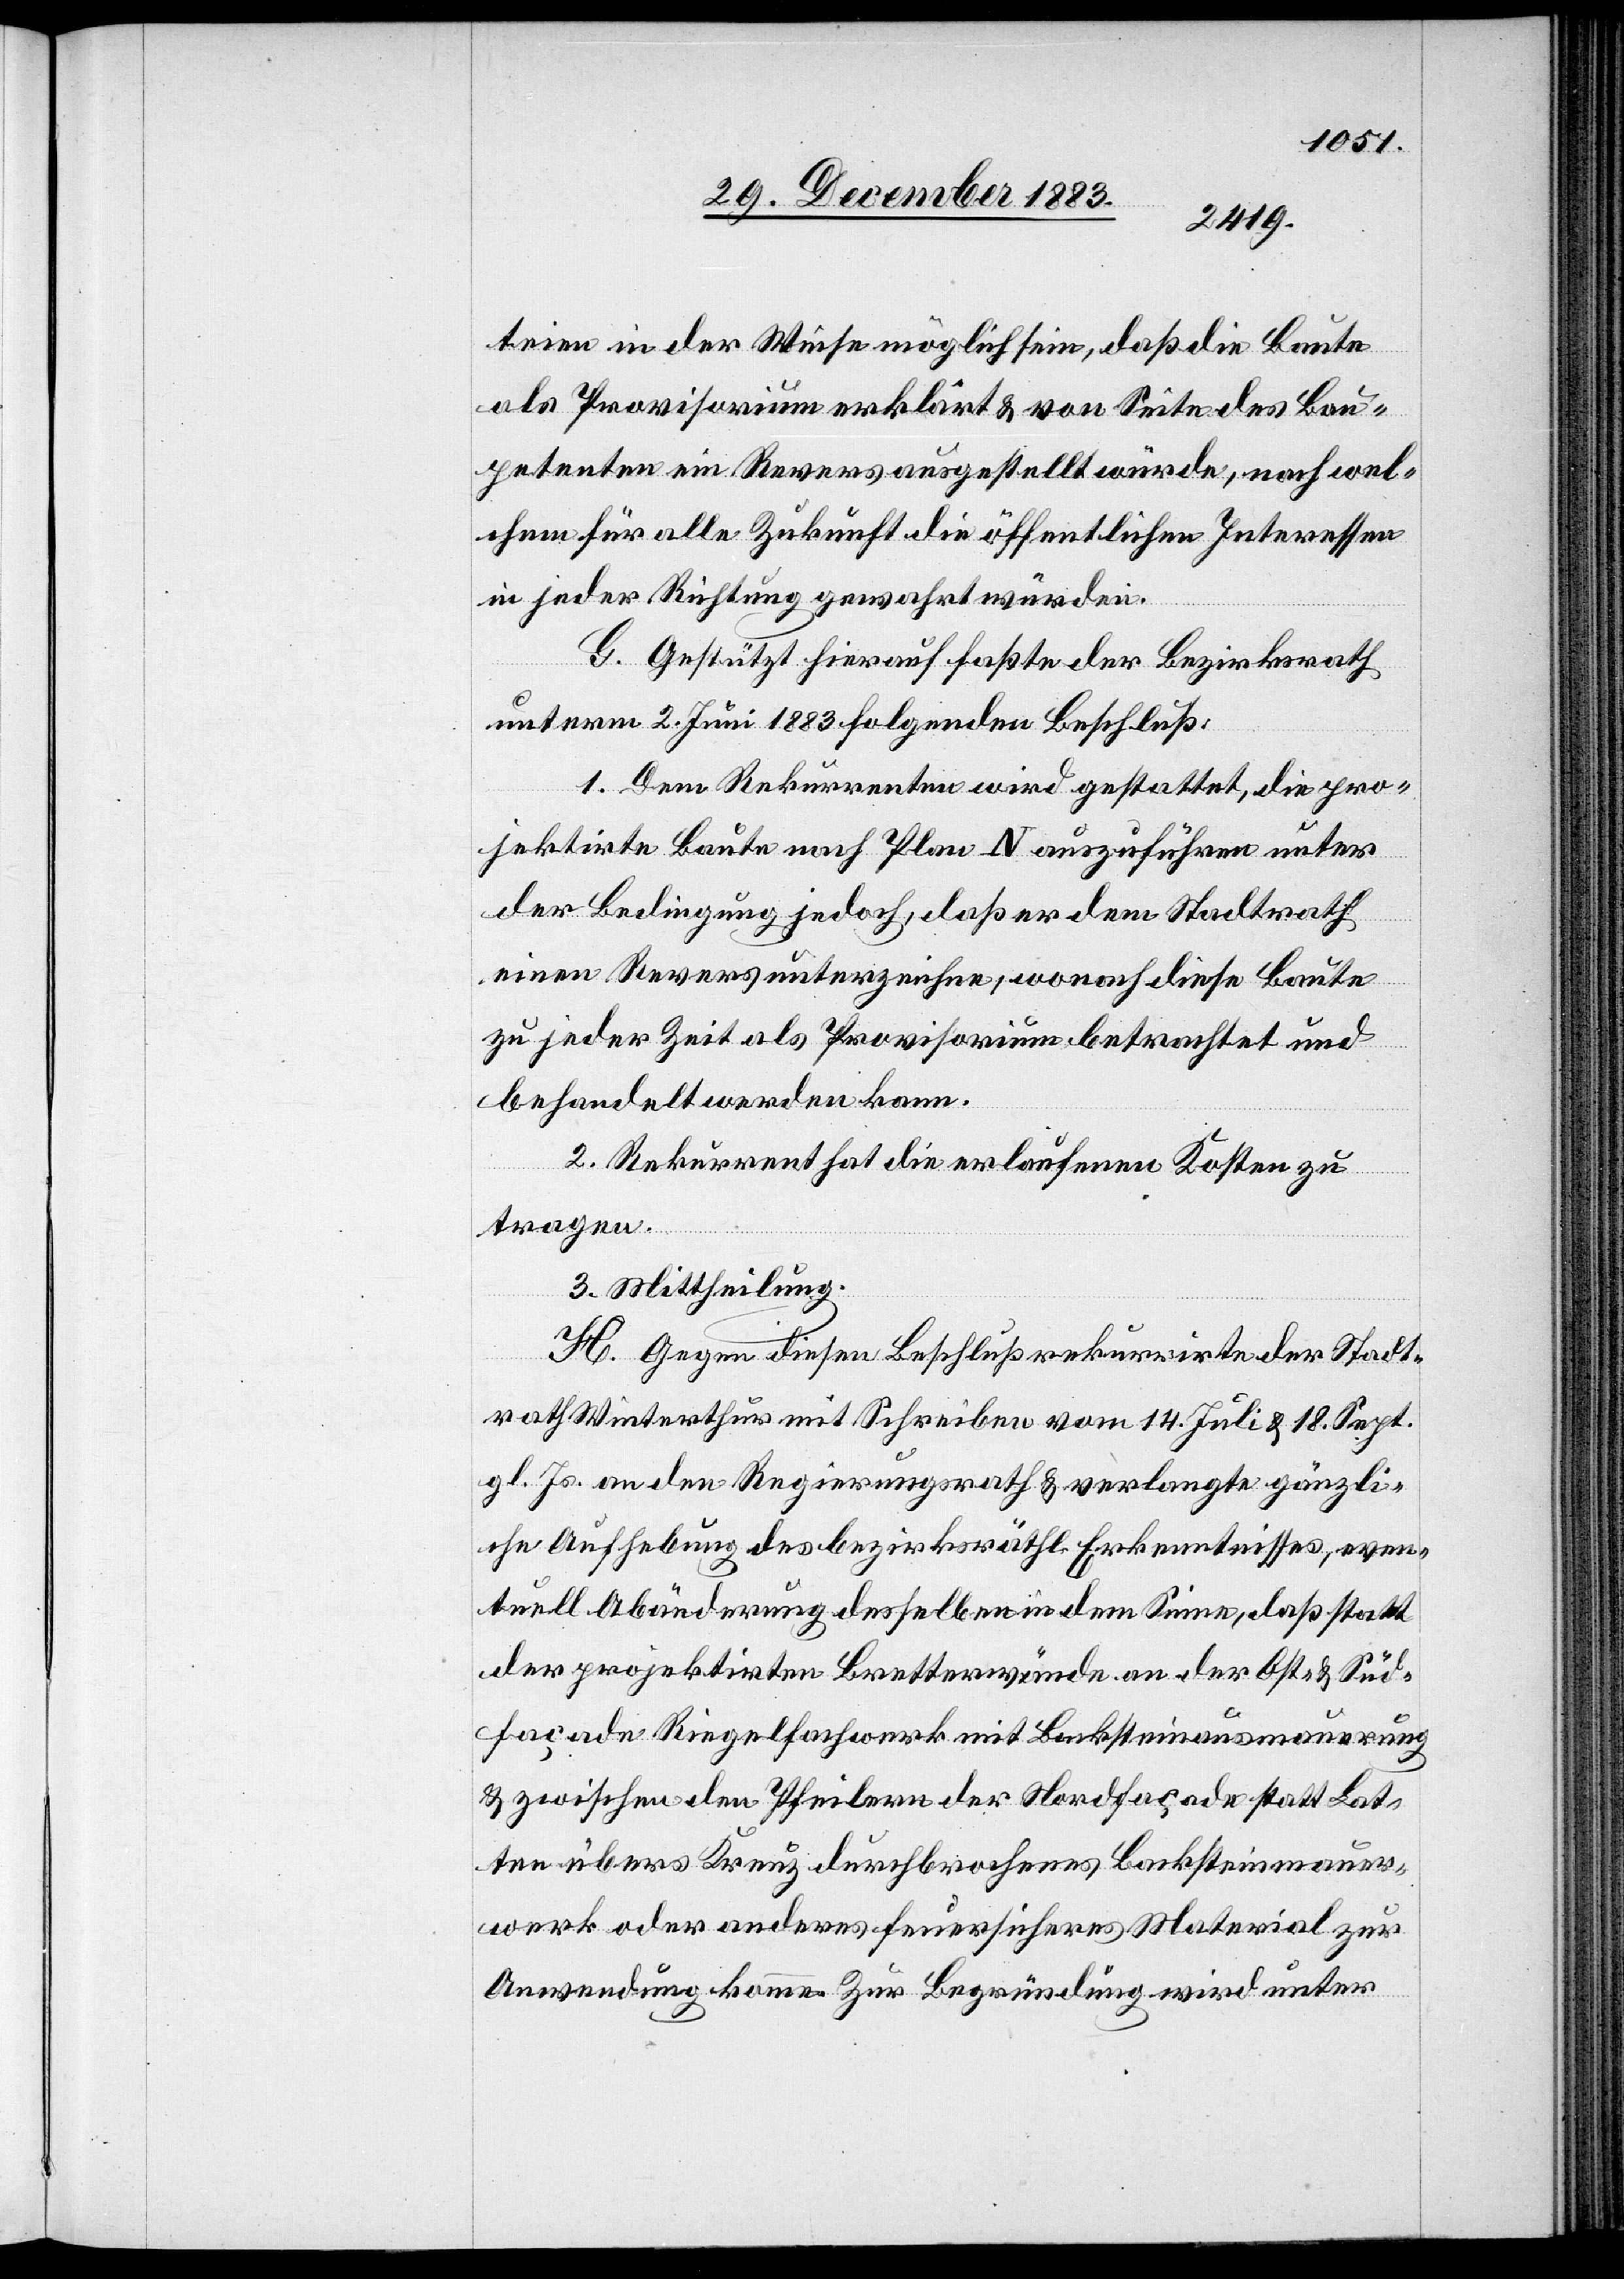
teien in der Weise möglich sein, daß die Baute
als Provisorium erklärt & von Seite des Bau¬
petenten ein Revers ausgestellt würde, nach wel¬
chem für alle Zukunft die öffentlichen Interessen
in jeder Richtung gewahrt würden.
G. Gestützt hierauf faßte der Bezirksrath
unterm 2. Juni 1883 folgenden Beschluß:
1. Dem Rekurrenten wird gestattet, die pro¬
jektirte Baute nach Plan N auszuführen unter
der Bedingung jedoch, daß er dem Stadtrath
einen Revers unterzeichne, wonach diese Baute
zu jeder Zeit als Provisorium betrachtet und
behandelt werden kann.
2. Rekurrent hat die erlaufenen Kosten zu
tragen.
3. Mittheilung.
H. Gegen diesen Beschluß rekurrirte der Stadt¬
rath Winterthur mit Schreiben vom 14. Juli & 18. Sept.
gl. Js. an den Regierungsrath & verlangte gänzli¬
che Aufhebung des bezirksräthl. Erkenntnisses, even¬
tuell Abänderung desselben in dem Sinne, daß statt
der projektirten Bretterwände an der Ost- & Süd¬
façade Ringelfachwerk mit Backsteinausmauerung
& zwischen den Pfeilern der Nordfaçade statt Lat¬
ten übers Kreuz durchbrochenes Backsteinmauer¬
werk oder anderes feuersicheres Material zur
Anwendung komme. Zur Begründung wird unter